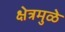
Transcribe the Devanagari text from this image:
क्षेत्रमुळे